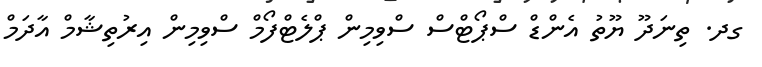
ގދ. ތިނަދޫ ޔޫތު އެންޑް ސްޕޯޓްސް ސްވިމިން ޕްލެޓްފޯމް ސްވިމިން އިރުތިޝާމް އާދަމް